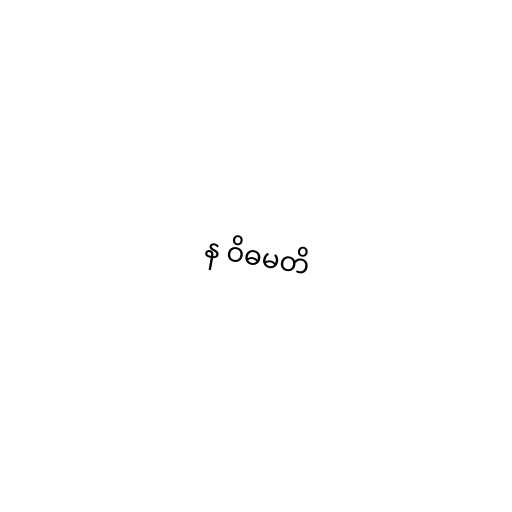
န ဝိဓမတိ